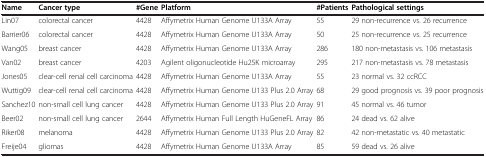
<table><thead><tr><td><b>Name</b></td><td><b>Cancer type</b></td><td><b>#Gene</b></td><td><b>Platform</b></td><td><b>#Patients</b></td><td><b>Pathological settings</b></td></tr></thead><tbody><tr><td>Lin07</td><td>colorectal cancer</td><td>4428</td><td>Affymetrix Human Genome U133A Array</td><td>55</td><td>29 non-recurrence vs. 26 recurrence</td></tr><tr><td>Barrier06</td><td>colorectal cancer</td><td>4428</td><td>Affymetrix Human Genome U133A Array</td><td>50</td><td>25 non-recurrence vs. 25 recurrence</td></tr><tr><td>Wang05</td><td>breast cancer</td><td>4428</td><td>Affymetrix Human Genome U133A Array</td><td>286</td><td>180 non-metastasis vs. 106 metastasis</td></tr><tr><td>Van02</td><td>breast cancer</td><td>4203</td><td>Agilent oligonucleotide Hu25K microarray</td><td>295</td><td>217 non-metastasis vs. 78 metastasis</td></tr><tr><td>Jones05</td><td>clear-cell renal cell carcinoma</td><td>4428</td><td>Affymetrix Human Genome U133A Array</td><td>55</td><td>23 normal vs. 32 ccRCC</td></tr><tr><td>Wuttig09</td><td>clear-cell renal cell carcinoma</td><td>4428</td><td>Affymetrix Human Genome U133 Plus 2.0 Array</td><td>68</td><td>29 good prognosis vs. 39 poor prognosis</td></tr><tr><td>Sanchez10</td><td>non-small cell lung cancer</td><td>4428</td><td>Affymetrix Human Genome U133 Plus 2.0 Array</td><td>91</td><td>45 normal vs. 46 tumor</td></tr><tr><td>Beer02</td><td>non-small cell lung cancer</td><td>2644</td><td>Affymetrix Human Full Length HuGeneFL Array</td><td>86</td><td>24 dead vs. 62 alive</td></tr><tr><td>Riker08</td><td>melanoma</td><td>4428</td><td>Affymetrix Human Genome U133 Plus 2.0 Array</td><td>82</td><td>42 non-metastatic vs. 40 metastatic</td></tr><tr><td>Freije04</td><td>gliomas</td><td>4428</td><td>Affymetrix Human Genome U133A Array</td><td>85</td><td>59 dead vs. 26 alive</td></tr></tbody></table>